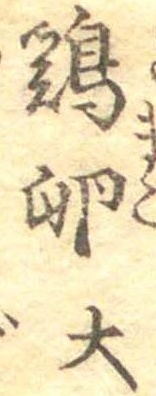
鶏卵大